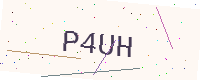
Text: P4UH